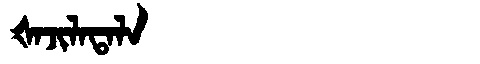
Manchu: ᡧᠠᠵᡳᠯᠠᡨᠠᠯᠠ
Romanization: ŠAJILATALA